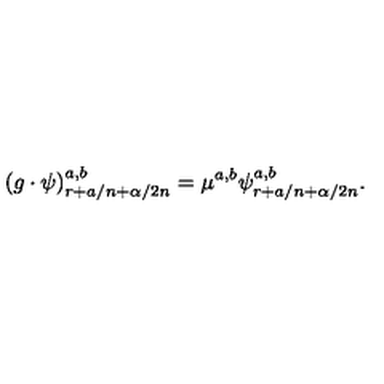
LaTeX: ( g \cdot \psi ) _ { r + a / n + \alpha / 2 n } ^ { a , b } = \mu ^ { a , b } \psi _ { r + a / n + \alpha / 2 n } ^ { a , b } .